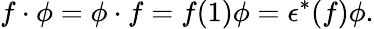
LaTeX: f\cdot\phi=\phi\cdot f=f(1)\phi=\epsilon^{*}(f)\phi.